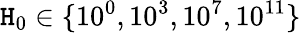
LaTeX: \mathtt{H}_{0}\in\{ 10^{0},10^{3},10^{7},10^{11}\}